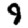
Digit: 9